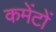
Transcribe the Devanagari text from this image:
कमेंटों